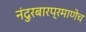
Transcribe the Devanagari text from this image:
नंदुरबारप्रमाणेच